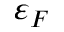
\varepsilon _ { F }